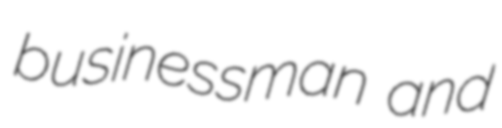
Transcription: businessman and